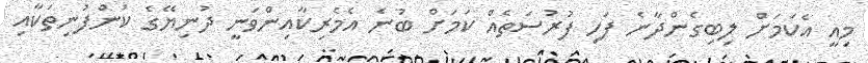
މިއީ އެކަމަށް ލިބިގެންދާނެ ފަހި ފުރުސަތެއް ކަމަށް ބުނެ އެމެރިކާއިންވަނީ ދުނިޔޭގެ ކުންފުނިތަކާއި